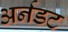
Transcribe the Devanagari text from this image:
अर्नडट